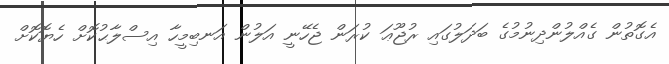
އެގޮތުން ގެއްލުންދިނުމުގެ ބަދަލުގައި ރުޖޫޢަ ކުރަން ޖެހޭނީ އަލުން އަނބިމީހާ އިސްލާޙުކޮށް ހެޔޮކޮށް